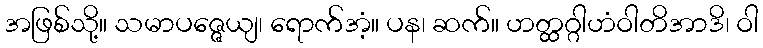
အဖြစ်သို့။ သမာပဇ္ဇေယျ၊ ရောက်အံ့။ ပန၊ ဆက်။ ဟတ္ထဂ္ဂါဟံဝါတိအာဒိ၊ ဝါ